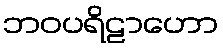
ဘဝပရိဠာဟော